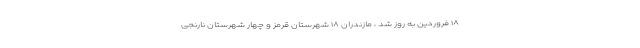
۱۸ فروردین به روز شد ، مازندران ۱۸ شهرستان قرمز و چهار شهرستان نارنجی